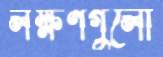
লক্ষণগুলো